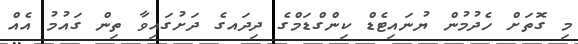
މި ގޮތަށް ހެދުމުން ޔުނައިޓެޑް ކިންގްޑަމްގެ ދިދައގެ ދަށުގައިވާ ތިން ގައުމު އެއް